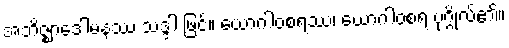
အဘိဇ္ဈာဒေါမနဿ သဒ္ဒါ ဖြင့်။ ယောဂါဝစရဿ၊ ယောဂါဝစရ ပုဂ္ဂိုလ်၏။